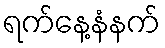
ရက်နေ့နံနက်